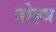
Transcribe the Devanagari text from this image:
दोह्त्र